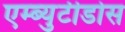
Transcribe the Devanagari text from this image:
एम्ब्युटीडोस